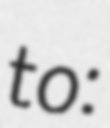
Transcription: to: